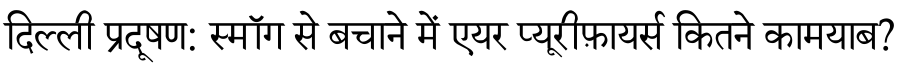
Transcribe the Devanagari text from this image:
दिल्ली प्रदूषण: स्मॉग से बचाने में एयर प्यूरीफ़ायर्स कितने कामयाब?